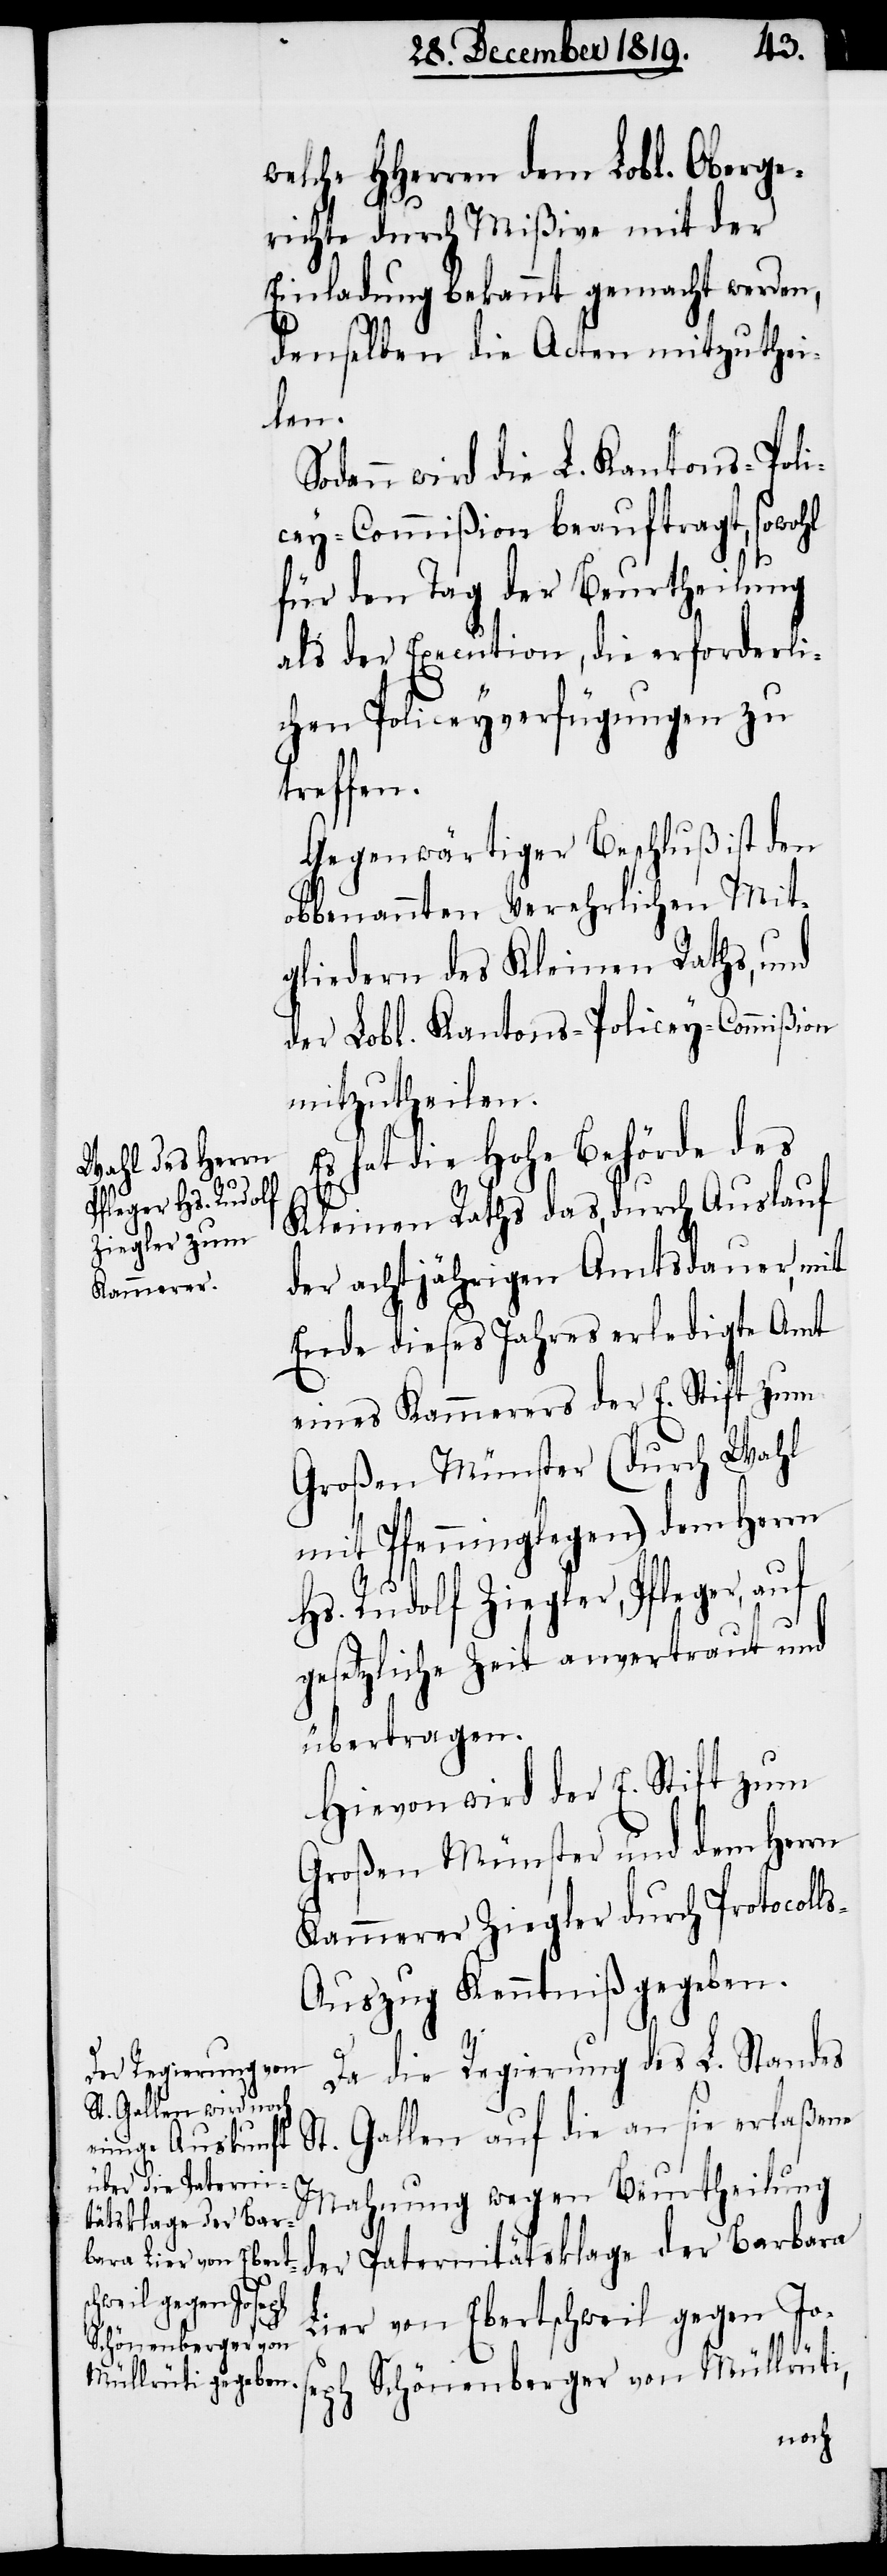
welche HHerren dem Lobl. Oberge¬
richte durch Mißive mit der
Einladung bekannt gemacht werden,
denselben die Acten mitzuthei¬
len.
Sodann wird die L. Kantons-Poli¬
cey-Commißion beauftragt, sowohl
für den Tag der Beurtheilung
als der Execution, die erforderli¬
chen Policeyverfügungen zu
treffen.
Gegenwärtiger Beschluß ist den
obbenannten Verehrlichen Mit¬
gliedern des Kleinen Raths, und
der Lobl. Kantons-Policey-Commißion
mitzutheilen.
hat die hohe Behörde des
Kleinen Raths das, durch Auslauf
der achtjährigen Amtsdauer, mit
Ende dieses Jahres erledigte Amt
eines Kammerers der E. Stift zum
Großen Münster (durch Wahl
mit Pfenninglegen) dem Herrn
Hs. Rudolf Ziegler, Pfleger, auf
gesetzliche Zeit anvertraut und
übertragen.
Hievon wird der E. Stift zum
Großen Münster und dem Herrn
Kammerer Ziegler durch Protocoll¬
s-Auszug Kenntniß gegeben.
Da die Regierung des L. Standes
St. Gallen auf die an sie erlaßene
Mahnung wegen Beurtheilung
der Paternitätsklage der Barbara
Lier von Ebertschweil gegen Jos¬
eph Schönenberger von Müllrüti,